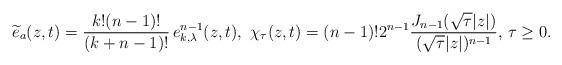
LaTeX: \begin{align*} \widetilde{e}_a(z,t) = \frac{k! (n-1)!}{(k+n-1)!}\, e_{k,\lambda}^{n-1}(z,t),\,\, \chi_\tau(z,t) = (n-1)! 2^{n-1} \frac{J_{n-1}(\sqrt{\tau}|z|)}{(\sqrt{\tau}|z|)^{n-1}}, \, \tau \geq 0.\end{align*}